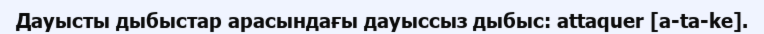
Дауысты дыбыстар арасындағы дауыссыз дыбыс: ​​attaquer [a-ta-ke].